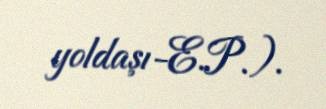
yoldaşı-E.P.).